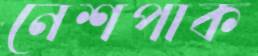
নেশপাক